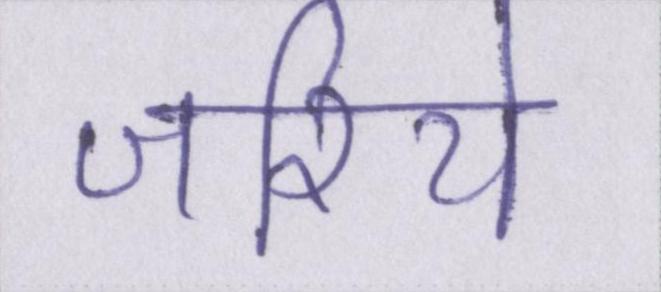
जरिये